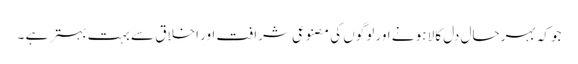
جو کہ بہرحال دل کالا ہو نے اور لوگوں کی مصنوعی شرافت اور اخلاق سے بہت بہتر ہے ۔